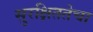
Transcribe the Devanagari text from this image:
सुरक्षिततेचा